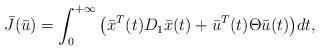
LaTeX: \begin{align*}\bar{J}(\bar{u})= \int_{0}^{+\infty} \big(\bar{x}^{T}(t)D_{1}\bar{x}(t)+\bar{u}^{T}(t)\Theta \bar{u}(t)\big)dt, \end{align*}